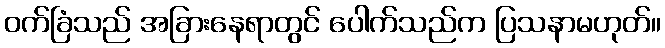
ဝက်ခြံသည် အခြားနေရာတွင် ပေါက်သည်က ပြသနာမဟုတ်။